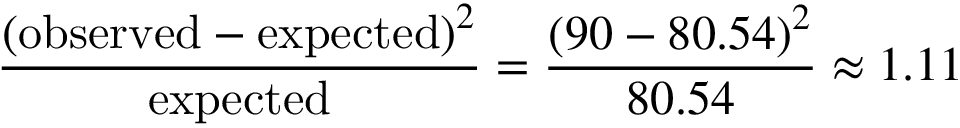
{ \frac { \left( { \mathrm { o b s e r v e d } } - { \mathrm { e x p e c t e d } } \right) ^ { 2 } } { \mathrm { e x p e c t e d } } } = { \frac { \left( 9 0 - 8 0 . 5 4 \right) ^ { 2 } } { 8 0 . 5 4 } } \approx 1 . 1 1